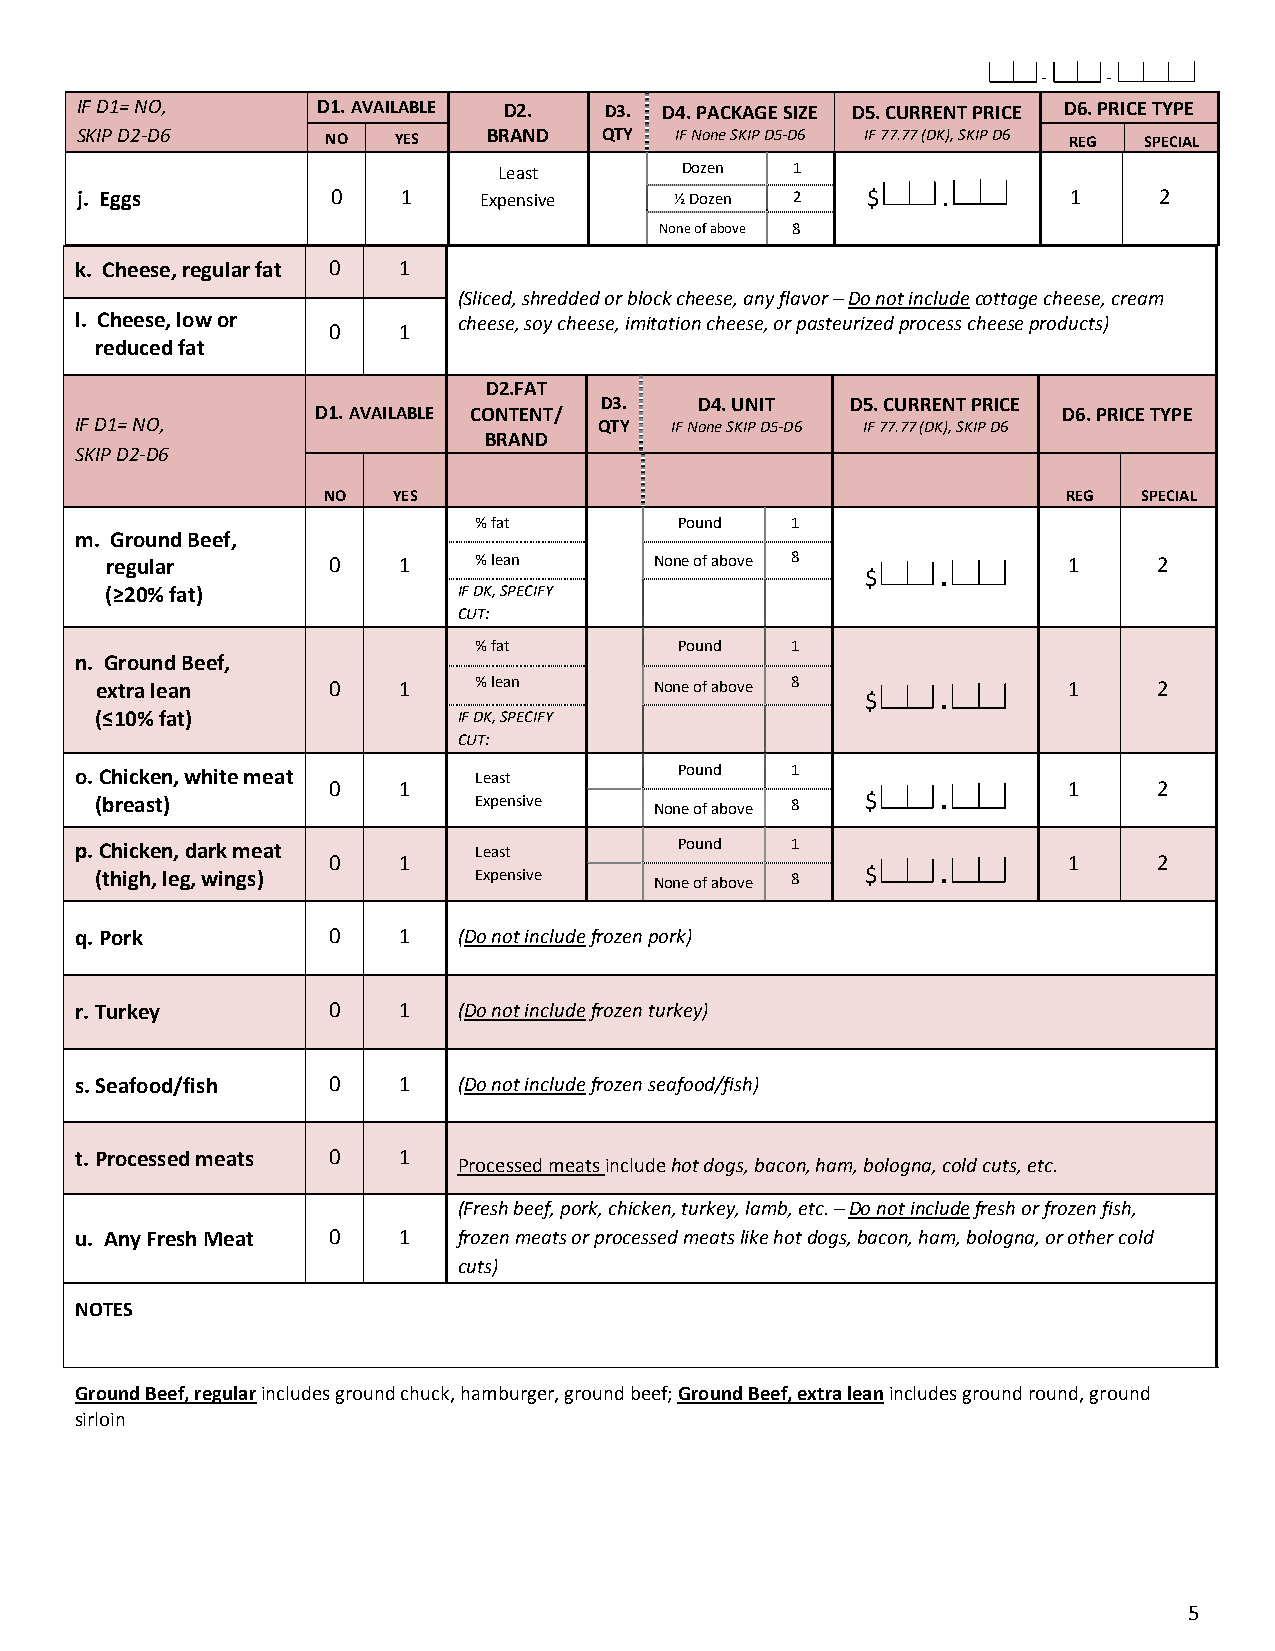
-   -
 IF D1= NO,      D1. AVAILABLE D2.  D3. D4. PACKAGE SIZE D5. CURRENT PRICE D6. PRICE TYPE
 SKIP D2-D6       NO  YES   BRAND   QTY  IF None SKIP D5-D6 IF 77.77 (DK), SKIP D6 REG SPECIAL
 Least       Dozen  1
 j. Eggs          0    1    Expensive    ½ Dozen 2   $    .        1     2
 None of above 8
 k. Cheese, regular fat 0 1
 (Sliced, shredded or block cheese, any flavor – Do not include cottage cheese, cream
 l. Cheese, low or        cheese, soy cheese, imitation cheese, or pasteurized process cheese products)
 0   1
 reduced fat
 D2.FAT
 D3.   D4. UNIT  D5. CURRENT PRICE
 D1. AVAILABLE CONTENT/                           D6. PRICE TYPE
 IF D1= NO,                         QTY IF None SKIP D5-D6 IF 77.77 (DK), SKIP D6
 BRAND
 SKIP D2-D6
 NO   YES                                          REG  SPECIAL
 % fat         Pound  1
 m. Ground Beef,
 regular        0   1    % lean      None of above 8
 $    .
 1     2
 (≥20% fat)             IF DK, SPECIFY
 CUT:
 % fat         Pound  1
 n. Ground Beef,
 extra lean      0   1    % lean      None of above 8
 $    .
 1     2
 (≤10% fat)              IF DK, SPECIFY
 CUT:
 o. Chicken, white meat    Least         Pound  1
 0   1                                            1     2
 (breast)                 Expensive   None of above 8 $  .
 p. Chicken, dark meat     Least         Pound  1
 0   1                                            1     2
 (thigh, leg, wings)      Expensive   None of above 8 $  .
 q. Pork          0   1   (Do not include frozen pork)
 r. Turkey        0   1   (Do not include frozen turkey)
 s. Seafood/fish  0   1   (Do not include frozen seafood/fish)
 t. Processed meats 0 1
 Processed meats include hot dogs, bacon, ham, bologna, cold cuts, etc.
 (Fresh beef, pork, chicken, turkey, lamb, etc. – Do not include fresh or frozen fish,
 u. Any Fresh Meat 0  1   frozen meats or processed meats like hot dogs, bacon, ham, bologna, or other cold
 cuts)
 NOTES
 Ground Beef, regular includes ground chuck, hamburger, ground beef; Ground Beef, extra lean includes ground round, ground
 sirloin
 5